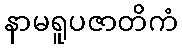
နာမရူပဇာတိကံ